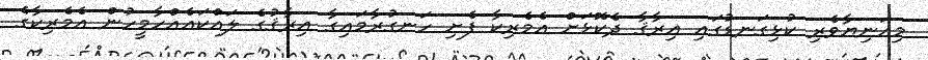
މިއަނިޔާވެރި ކުޅިގަނޑުގައި ޢިރާޤާ ދެކޮޅަށް އެމެރިކާ ފެށި ހަނގުރާމައިގާ ޢިރާޤުގެ ލައްކައެއްހާމީހުން އެމެރިކާގެ